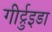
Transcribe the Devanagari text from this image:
गीर्ट्रुइडा